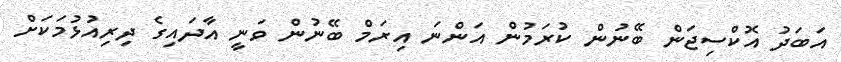
އަބަދު އޮކްސިޖަން ބޭނުން ކުރަމުން އަންނަ އިރަމް ބޭނުން ވަނީ އާދައިގެ ދިރިއުޅުމަކަށް